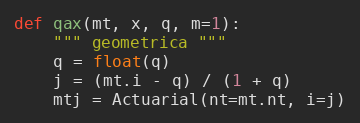
Language: Python
def qax(mt, x, q, m=1):
    """ geometrica """
    q = float(q)
    j = (mt.i - q) / (1 + q)
    mtj = Actuarial(nt=mt.nt, i=j)